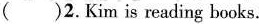
( )2.Kim is reading books.